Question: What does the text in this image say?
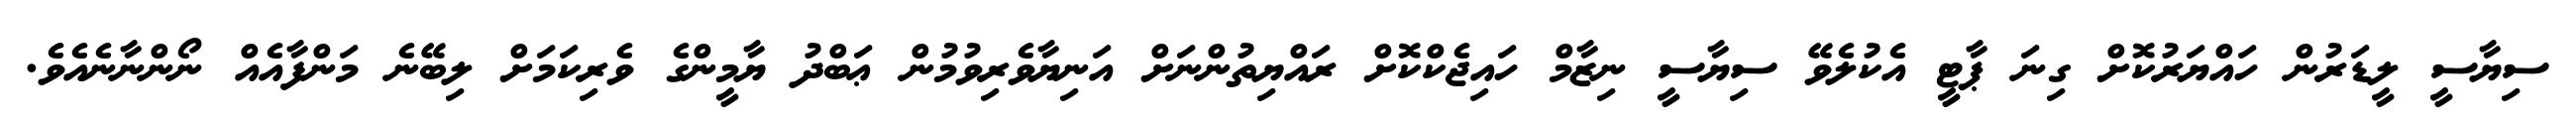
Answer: ސިޔާސީ ލީޑަރުން ހައްޔަރުކޮށް ގިނަ ޕާޓީ އެކުލެވޭ ސިޔާސީ ނިޒާމް ހައިޖެކްކޮށް ރައްޔިތުންނަށް އަނިޔާވެރިވުމުން ޢަބްދު ޔާމީންގެ ވެރިކަމަށް ލިބޭނެ މަންފާއެއް ނޯންނާނެއެވެ.